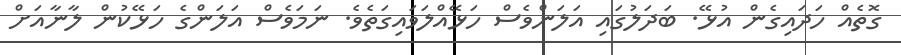
ގޮތެއް ހަދައިގެން އުޅޭ. ބަދަލުގައި އަލަންވެސް ހަޅޭއްލަވައިގަތެވެ. ނަމަވެސް އަލަންގެ ހަޅޭކުން ލާނާއަށް